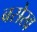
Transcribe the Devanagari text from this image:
बसेख